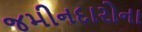
જમીનદારોના